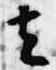
去